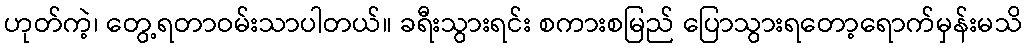
ဟုတ်ကဲ့၊ တွေ့ရတာဝမ်းသာပါတယ်။ ခရီးသွားရင်း စကားစမြည် ပြောသွားရတော့ရောက်မှန်းမသိ